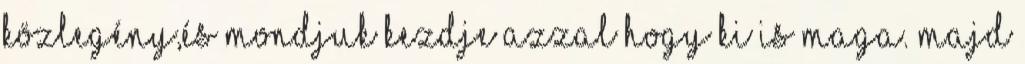
közlegény,és mondjuk kezdje azzal hogy ki is maga. Majd